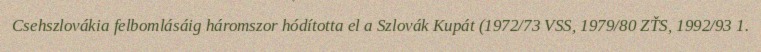
Csehszlovákia felbomlásáig háromszor hódította el a Szlovák Kupát (1972/73 VSS, 1979/80 ZŤS, 1992/93 1.